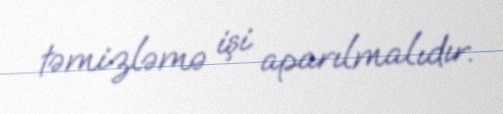
təmizləmə işi aparılmalıdır.